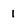
Character: 1